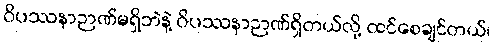
ဝိပဿနာဉာဏ်မရှိဘဲနဲ့ ဝိပဿနာဉာဏ်ရှိတယ်လို့ ထင်စေချင်တယ်၊